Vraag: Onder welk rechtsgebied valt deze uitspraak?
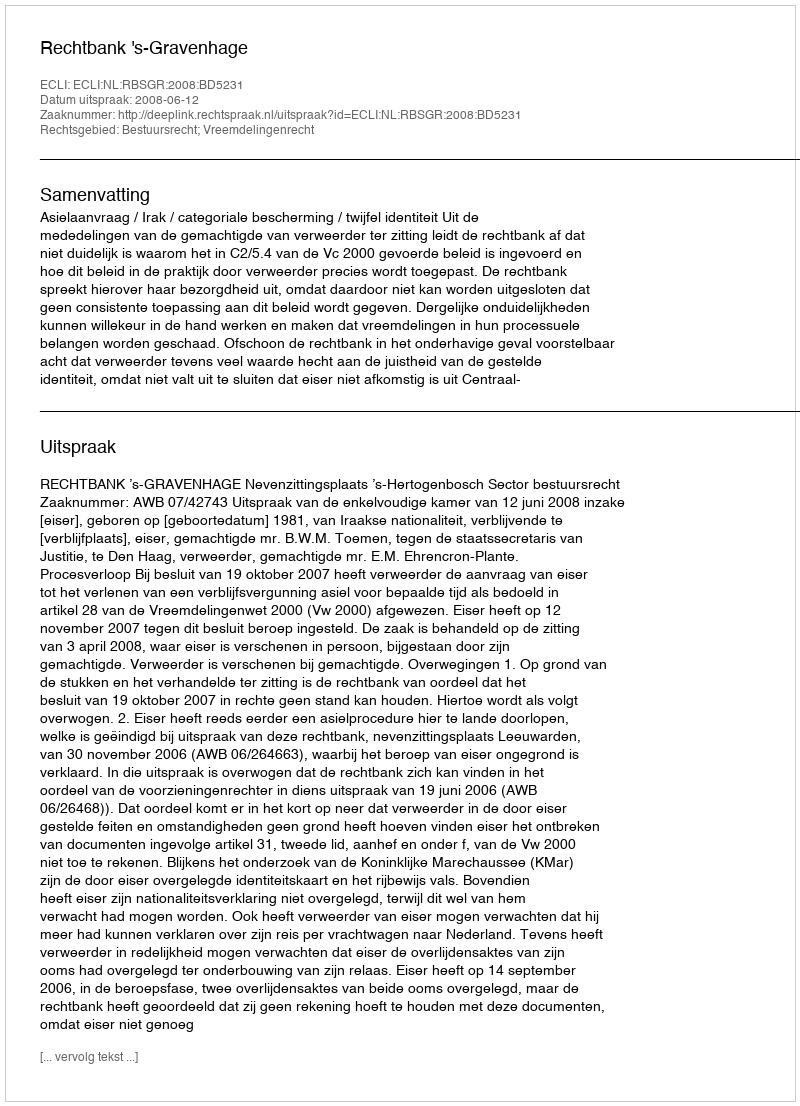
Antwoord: Bestuursrecht; Vreemdelingenrecht